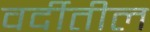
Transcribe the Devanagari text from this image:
वर्दीतील